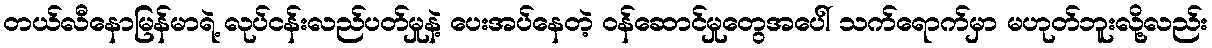
တယ်လီနောမြန်မာရဲ့ လုပ်ငန်းလည်ပတ်မှုနဲ့ ပေးအပ်နေတဲ့ ဝန်ဆောင်မှုတွေအပေါ် သက်ရောက်မှာ မဟုတ်ဘူးလို့လည်း